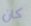
كان